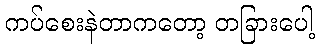
ကပ်စေးနဲတာကတော့ တခြားပေါ့